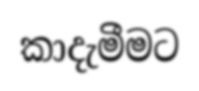
කාදැමීමට